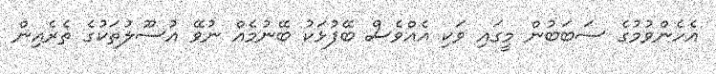
އެހެންވުމުގެ ސަބަބުން މީގައި ވަކި އެއްވެސް ބޭފުޅަކު ބޭނުމެއް ނުވޭ އުސޫލުތަކުގެ ތެރެއިން